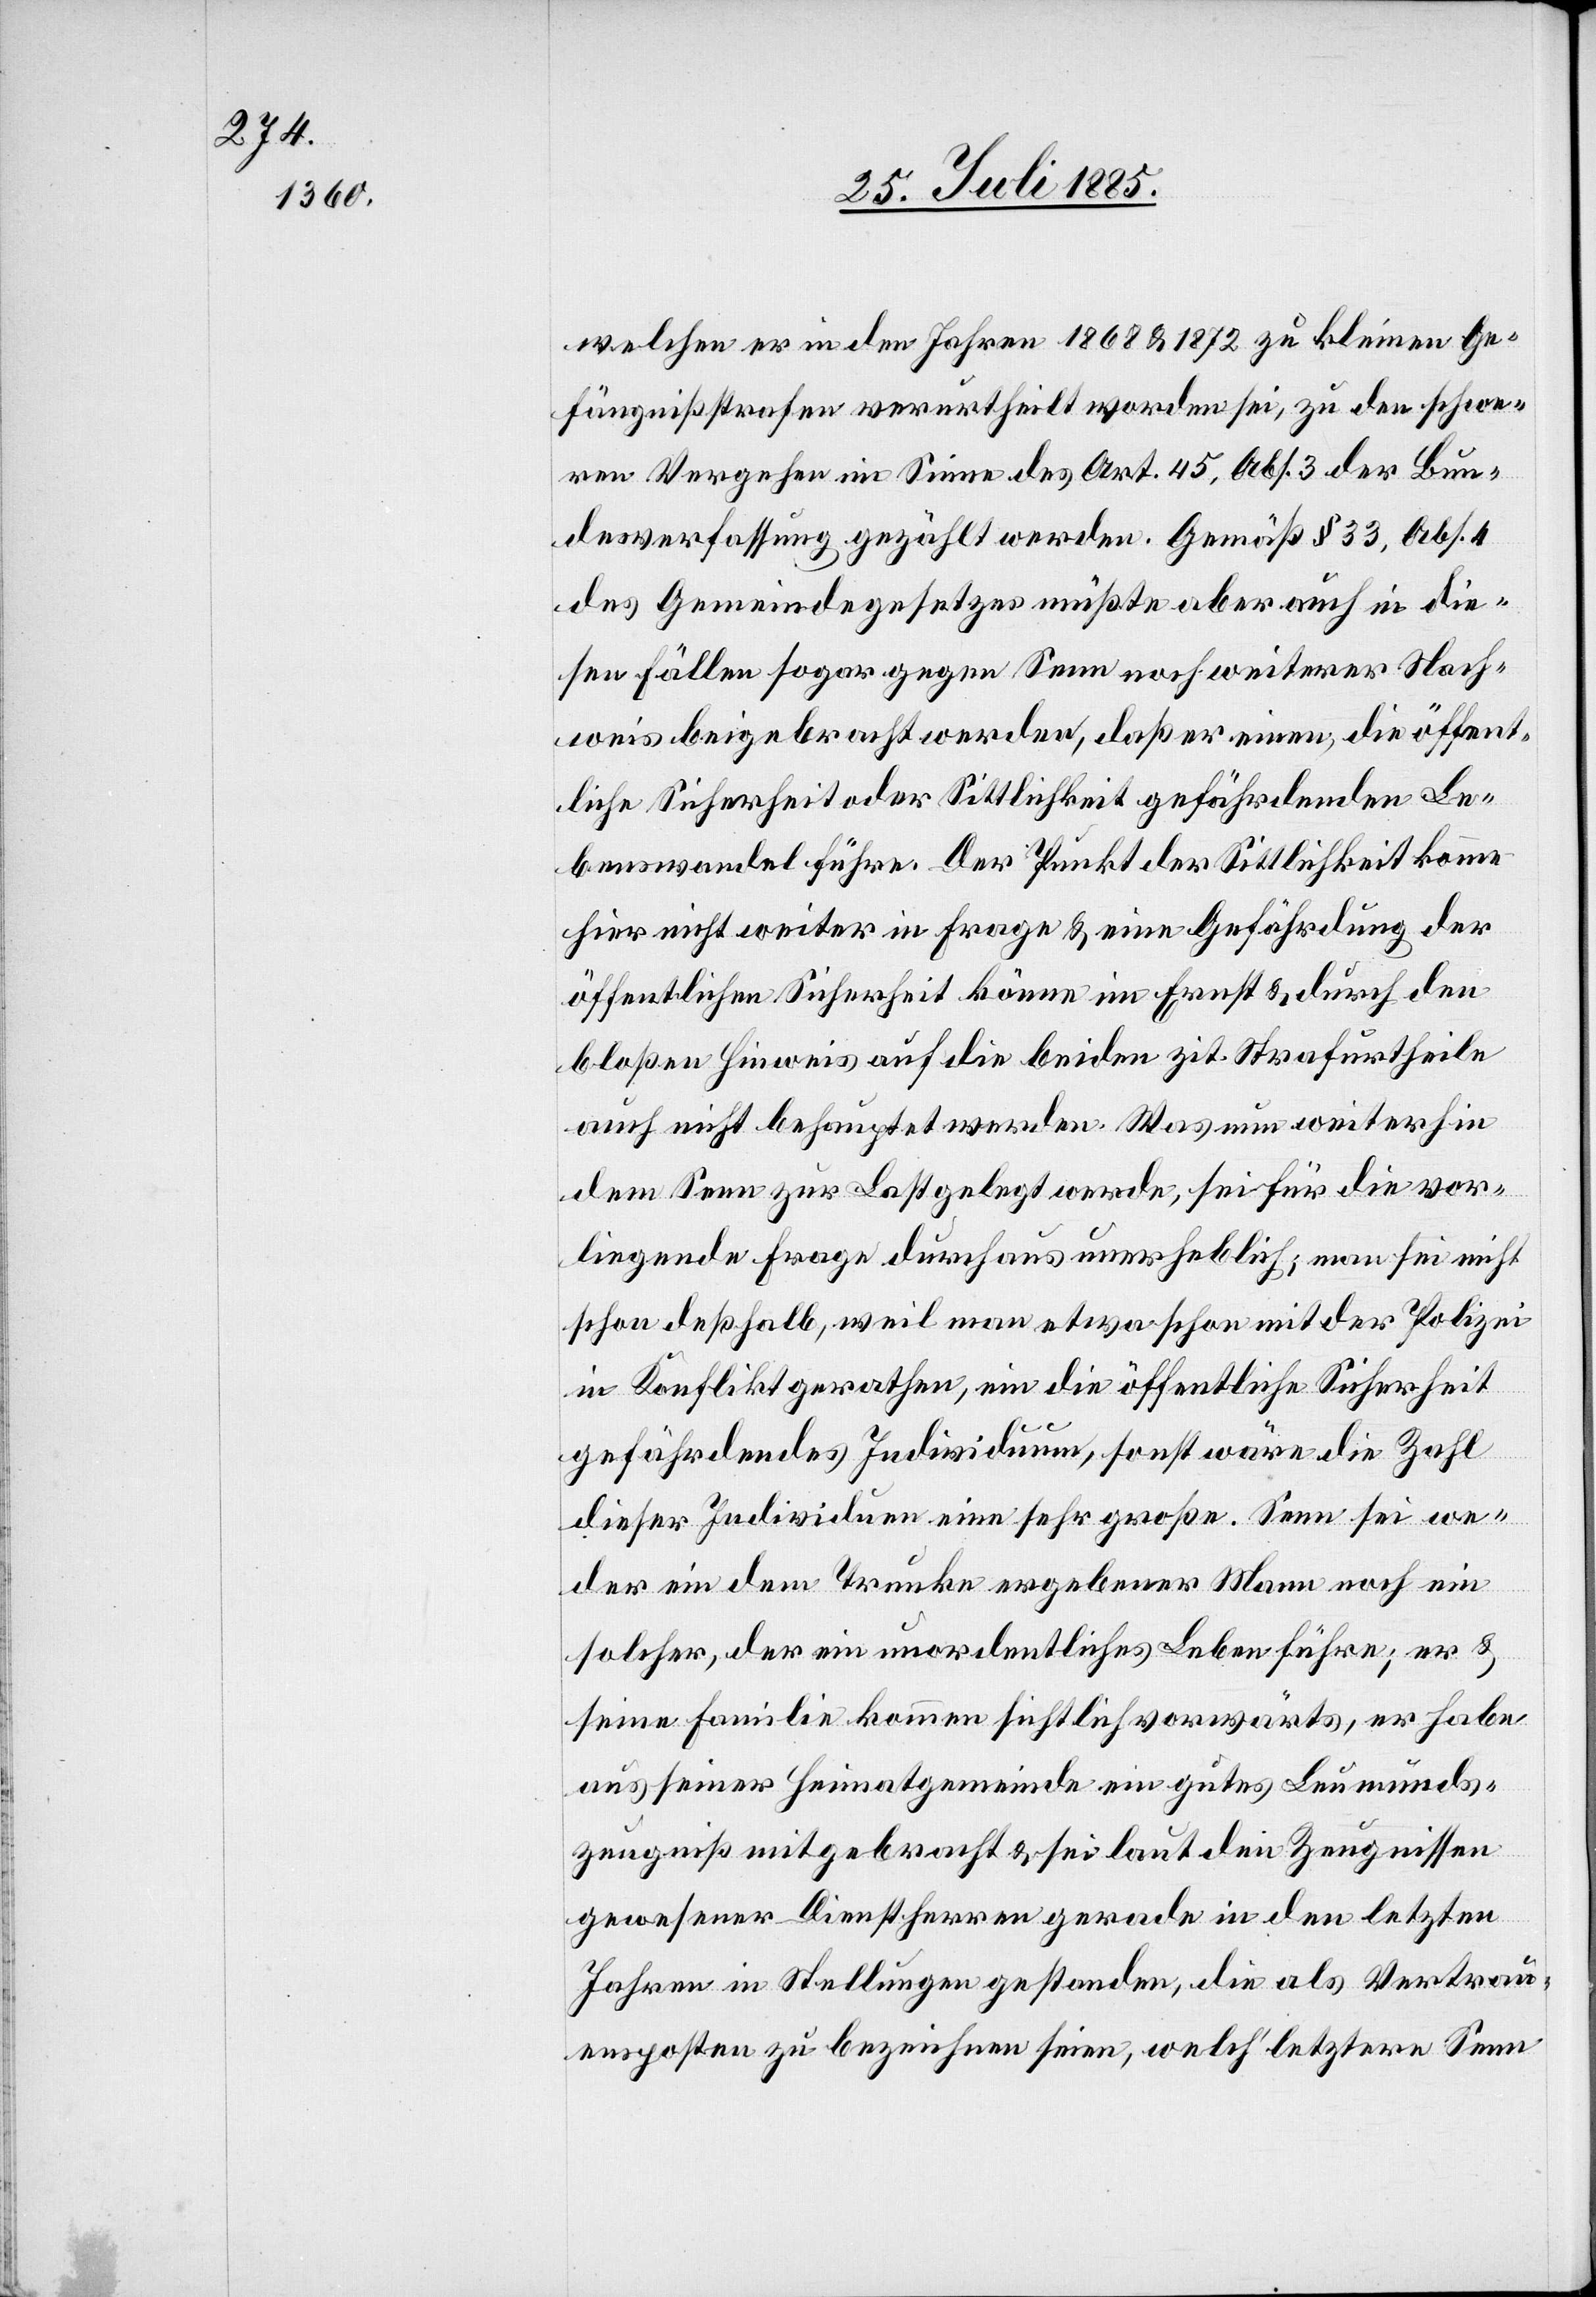
welchen er in den Jahren 1868 & 1872 zu kleinen Ge¬
fängnißstrafen verurtheilt worden sei, zu den schwe¬
ren Vergehen im Sinne des Art. 45, Abs. 3 der Bun¬
desverfassung gezählt werden. Gemäß § 33, Abs. 4
des Gemeindegesetzes müßte aber auch in die¬
sen Fällen sogar gegen Senn noch weiterer Nach¬
weis beigebracht werden, daß er einen, die öffent¬
liche Sicherheit oder Sittlichkeit gefährdenden Le¬
benswandel führe. Der Punkt der Sittlichkeit könne
hier nicht weiter in Frage & eine Gefährdung der
öffentlichen Sicherheit könne im Ernst & durch den
bloßen Hinweis auf die beiden zit. Strafurtheile
auch nicht behauptet werden. Was nun weiterhin
dem Senn zur Last gelegt werde, sei für die vor¬
liegende Frage durchaus unerheblich; man sei nicht
schon deßhalb, weil man etwa schon mit der Polizei
in Konflikt gerathen, ein die öffentliche Sicherheit
gefährdendes Individuum, sonst wäre die Zahl
dieser Individuen eine sehr große. Senn sei we¬
der ein dem Trunke ergebener Mann noch ein
solcher, der ein unordentliches Leben führe; er &
seine Familie kommen sichtlich vorwärts, er habe
aus seiner Heimatgemeinde ein gutes Leumunds¬
zeugniß mitgebracht & sei laut den Zeugnissen
gewesener Dienstherren gerade in den letzten
Jahren in Stellungen gestanden, die als Vertrau¬
ensposten zu bezeichnen seien, welch‘ letztere Senn